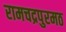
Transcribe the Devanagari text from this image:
रामचद्रपुरमठ